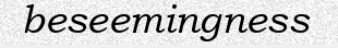
beseemingness